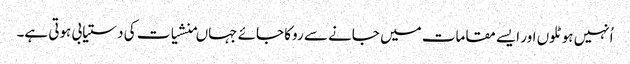
اُنہیں ہوٹلوں اور ایسے مقامات میں جانے سے روکا جائے جہاںمنشیات کی دستیابی ہوتی ہے۔